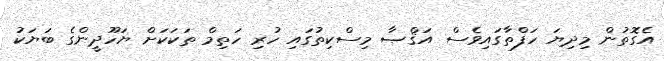
އެގޮތުން މިދިޔަ ހަފްތާގައިވެސް އަޤްޞާ މިސްކިތުގައި ހުރި ހަތިމް ތަކަކަށް ޔަހޫދީންގެ ބަޔަކު